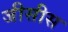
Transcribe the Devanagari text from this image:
जीसीस